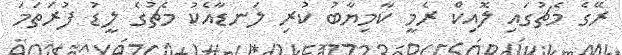
ރޭގެ މެޗުގައި ލޮއިކް ރެމީ ކާމިޔާބު ކުރި ލަނޑާއެކު މެޗުގެ ލީޑު ފުރަތަމަ